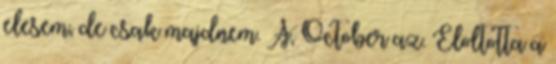
elesem, de csak majdnem. Á, October az. Eloltotta a